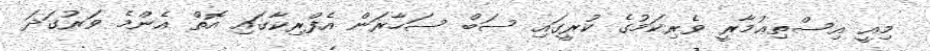
މިއީ އިސްތިޢުމާރީީ ވެރިކަމުގެ ކުރީގައި ސަބް ސަހާރަން އެފްރިކާގައި އޮތް އެންމެ ވަރުގަދަ